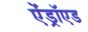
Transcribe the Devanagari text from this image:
ऐंड्रॉएड